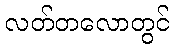
လတ်တလောတွင်